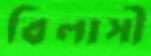
বিলাসী